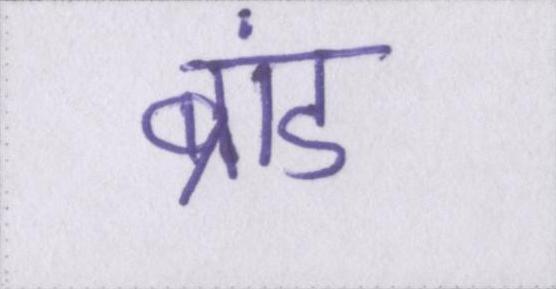
ब्रांड